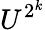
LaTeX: U^{2^{k}}